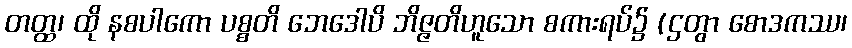
တတ္ထ၊ ထို နစပါကော ပစ္စတိ ဘေဒေါပိ ဘိဇ္ဇတိဟူသော စကားရပ်၌ (ဌတွာ စောဒကဿ၊